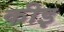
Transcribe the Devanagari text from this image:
कीइ